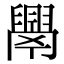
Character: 𦦧